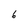
Character: 6